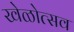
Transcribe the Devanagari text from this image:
खेळोत्सव